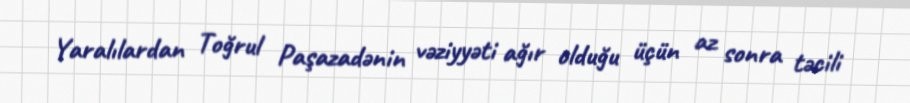
Yaralılardan Toğrul Paşazadənin vəziyyəti ağır olduğu üçün az sonra təcili